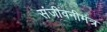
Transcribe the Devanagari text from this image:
संजीवनीमंत्र